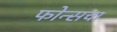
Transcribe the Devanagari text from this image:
फोन्सचा